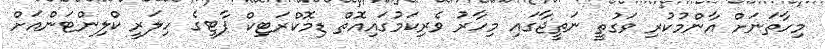
މިހާތަނަށް އާންމުކުރި ވަގުތީ ނަތީޖާގައި މިހާރު ވެރިކަމުގައިއޮތް ޑިމޮކްރަޓިކް ޕާޓީގެ ހިލަރީ ކްލިންޓަންއަށް